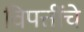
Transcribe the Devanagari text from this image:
विपत्तींचे